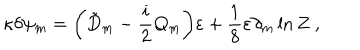
LaTeX: \kappa \delta \psi _ { m } = \biggl ( \tilde { D } _ { m } - { \frac { i } { 2 } } Q _ { m } \biggr ) \varepsilon + \frac { 1 } { 8 } \varepsilon \partial _ { m } \ln Z \ ,